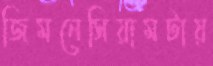
জিমনেসিয়ামটায়